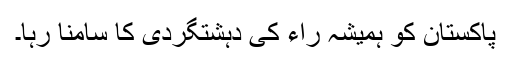
پاکستان کو ہمیشہ راء کی دہشتگردی کا سامنا رہا۔